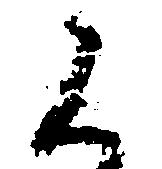
く